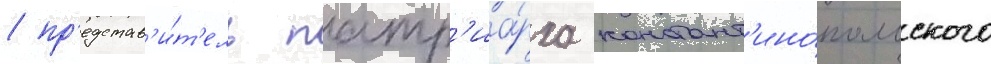
/ пр'едстав'и́т'ель патр'иа́рха констант'ино́польского